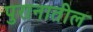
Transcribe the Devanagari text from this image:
पुरानातील